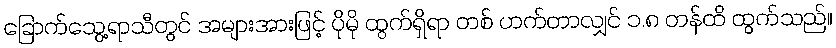
ခြောက်သွေ့ရာသီတွင် အများအားဖြင့် ပိုမို ထွက်ရှိရာ တစ် ဟက်တာလျှင် ၁.၈ တန်ထိ ထွက်သည်။